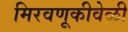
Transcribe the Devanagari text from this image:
मिरवणूकीवेळी